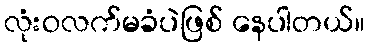
လုံးဝလက်မခံပဲဖြစ် နေပါတယ်။